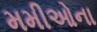
મમીઓના